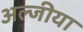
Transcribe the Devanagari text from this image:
अल्जीया